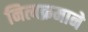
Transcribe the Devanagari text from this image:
नित्यक्रमाने